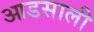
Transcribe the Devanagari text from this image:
आडसाली